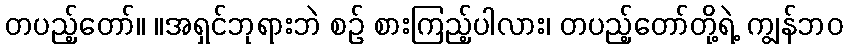
တပည့်တော်။ ။အရှင်ဘုရားဘဲ စဉ် စားကြည့်ပါလား၊ တပည့်တော်တို့ရဲ့ ကျွန်ဘဝ